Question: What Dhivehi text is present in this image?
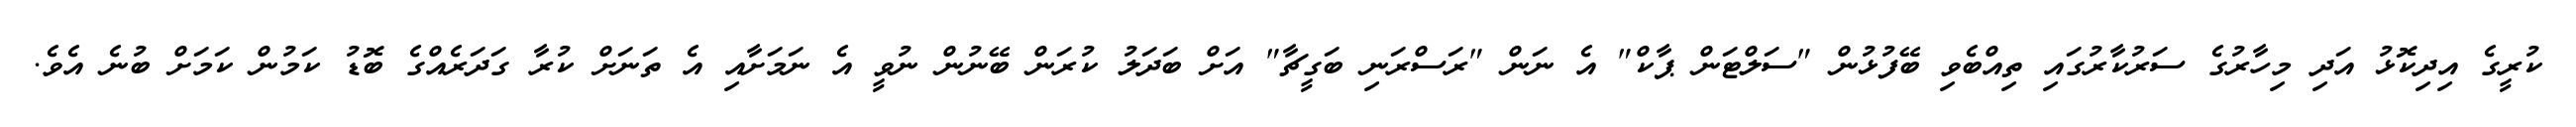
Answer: ކުރީގެ އިދިކޮޅު އަދި މިހާރުގެ ސަރުކާރުގައި ތިއްބެވި ބޭފުޅުން "ސަލްޓަން ޕާކް" އެ ނަން "ރަސްރަނި ބަގީޗާ" އަށް ބަދަލު ކުރަން ބޭނުން ނުވީ އެ ނަމަށާއި އެ ތަނަށް ކުރާ ގަދަރެއްގެ ބޮޑު ކަމުން ކަމަށް ބުނެ އެވެ.